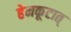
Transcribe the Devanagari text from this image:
हेमकूटात्